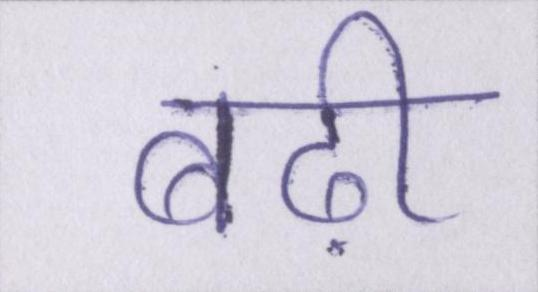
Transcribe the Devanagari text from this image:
बढ़ी